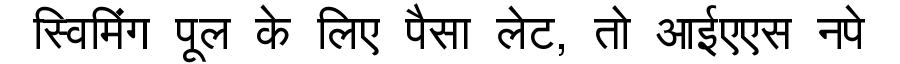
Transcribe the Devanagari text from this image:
स्विमिंग पूल के लिए पैसा लेट, तो आईएएस नपे